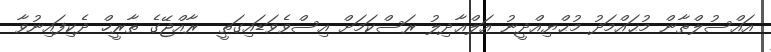
އައްސުލްޠާން މުޙައްމަދު މުޙްޔިއްދީނު އަލްޢާދިލު ރަސްކަމަށް އިސްވެވަޑައިގަތީ  ރާއްޖޭގެ ތާރީޚް ދެކިފައިނުވާ